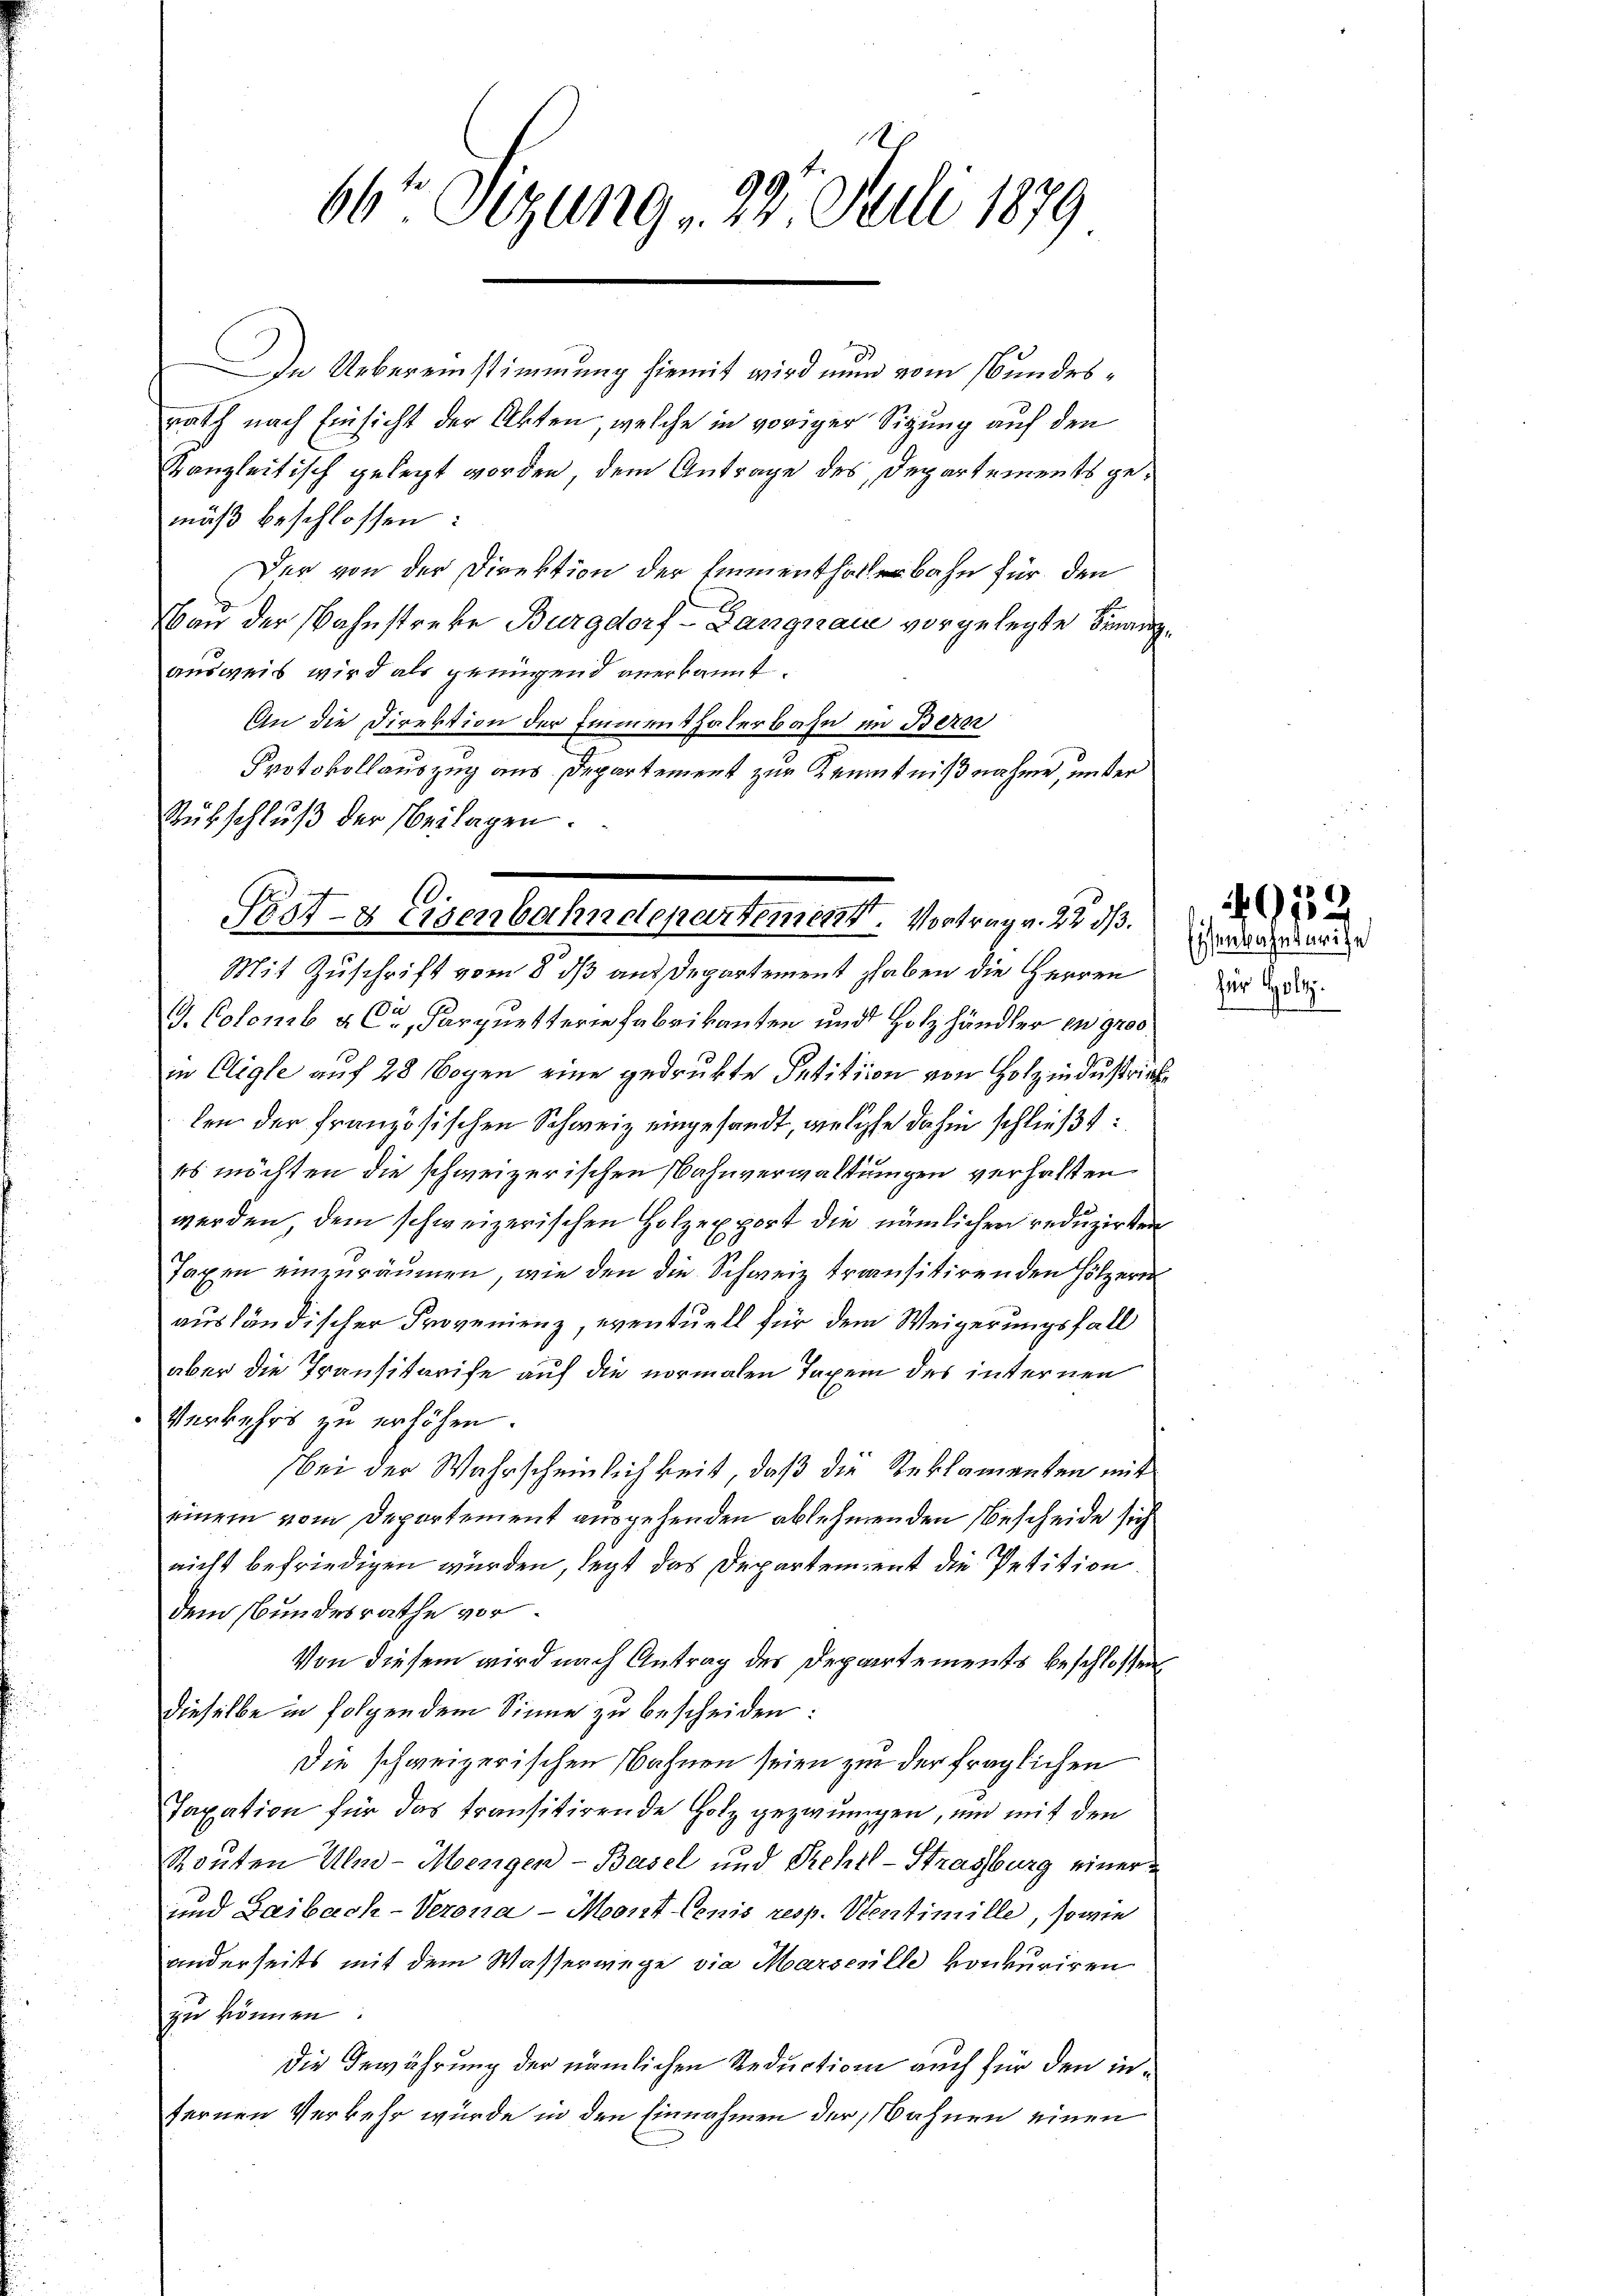
66to Sizung 22. Juli 1879

In Uebereinstimmung hiemit wird nun vom Bundesrath nach Einsicht der Akten, welche in voriger Sitzung auf den
stanzleitisch gelegt worden, dem Antrage des Departements gemäß beschlossen:
Der von der Direktion der Emmenthalerbahn für den
Von der Bahnstreke Burgdorf -Langnau vorgelegte Finanzausweis wird als genügend anerkannt.
An die Direktion der Immenthalerbahn im Bern
Protokollauszug aus Departement zur Kenntnißnahme, unter
Rütschluß der Beilagen.
Mit Zuschrift vom 8. dß aus Departement haben die Herren
G. Colomb a C., Parquetterie Fabrikanten und Holzhändler in gro
in Oligle auf 28 Bogen eine gedrukte Petition von Holz industrich
len der französischen Schweiz eingesandt, welche dahin schließt:
es möchten die schweizerischen Bahnverwaltungen verhalten
werden, dem schweizerischen Holzexport die nämlichen reduzirten
Taxen einzuräumen, wie den die Schweiz transitirenden Hölzern
ausländischer Provenienz, eventuell für dem Weigerungsfall
aber die Transitarife auf die normalen Taxen des internen
Verkehrs zu erhöhen.
bei der Wahrscheinlichkeit, daß die Reklamenten mit
einem vom Departement ausgehenden ablehnenden Bescheide sich
nicht befriedigen würden, legt das Departement die Petition.
dem Bundesrathe vor.
Von diesem wird nach Antrag des Departements beschlossen
dieselbe in folgendem Sinne zu bescheiden:
Die schweizerischen Nahnen seien zu der fraglichen
Taxation für das transitirende Holz gezwungen, und mit den
Routen Ulno-Mengen-Basel und Prehel-Stragburg einer
und Laibach-Verona - Mont Lenis resp. Ventimille, sowie
anderseits mit dem Wasserwege die Marsenille konkuriren
zu können.
Die Gewährung der nämlichen Reduction auch für den infernen Verkehr würde in den Einnahmen der Bahnen einen

Post- & Eisenbahndepartement. Vortrag v. 22 d

49152
Eisenbahnstritt

für Holtz.